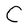
Character: C